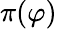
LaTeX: \pi(\varphi)